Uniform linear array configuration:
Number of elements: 12
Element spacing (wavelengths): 0.75
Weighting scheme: cosine
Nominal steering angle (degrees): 30
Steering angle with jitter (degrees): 30.568
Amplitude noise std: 0.05
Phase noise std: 0.05

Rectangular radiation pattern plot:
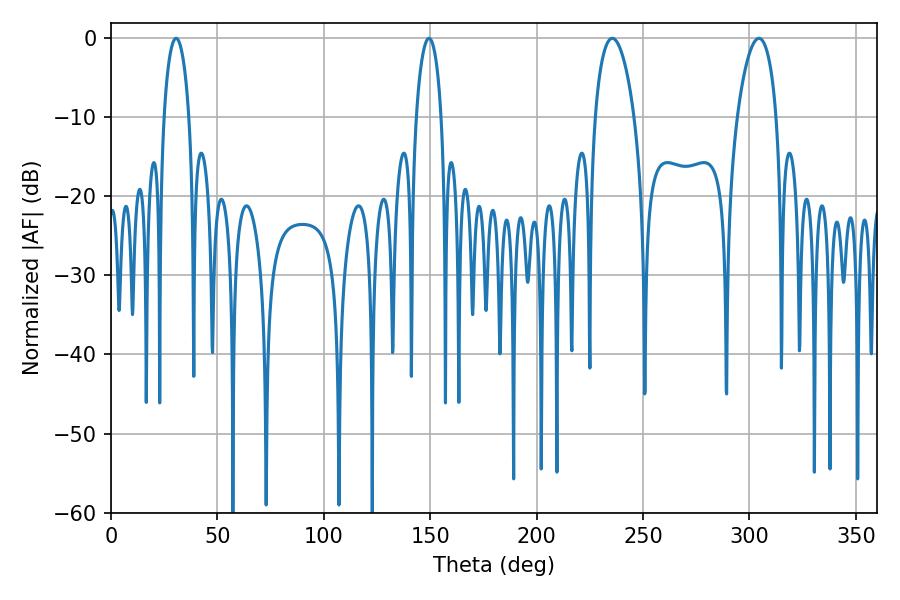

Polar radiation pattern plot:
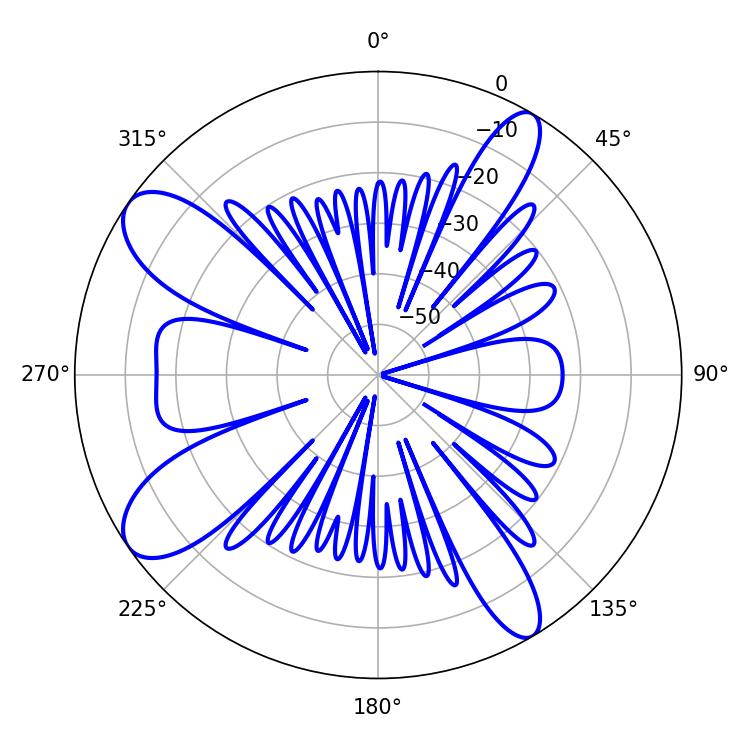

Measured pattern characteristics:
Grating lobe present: TRUE
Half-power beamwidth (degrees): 6.66
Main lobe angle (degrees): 30.6